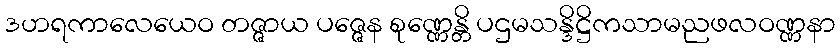
ဒဟရကာလေယေဝ တဇ္ဇာယ ပဇ္ဇေန စုဏ္ဏေန္တိ ပဌမသန္ဒိဋ္ဌိကသာမညဖလဝဏ္ဏနာ